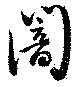
闇